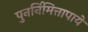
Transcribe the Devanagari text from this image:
पुनर्निमित्तापाये